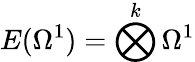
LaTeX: E(\Omega^{1})=\bigotimes^{k}\Omega^{1}